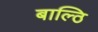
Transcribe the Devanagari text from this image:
बाल्ठि